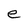
Character: e